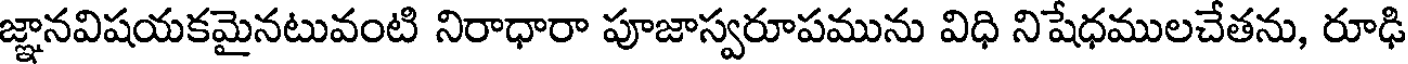
జ్ఞానవిషయకమైనటువంటి నిరాధారా పూజాస్వరూపమును విధి నిషేధములచేతను, రూఢి